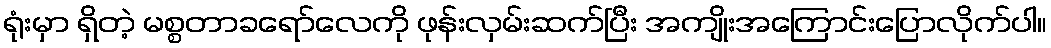
ရုံးမှာ ရှိတဲ့ မစ္စတာခရော်လေကို ဖုန်းလှမ်းဆက်ပြီး အကျိုးအကြောင်းပြောလိုက်ပါ။